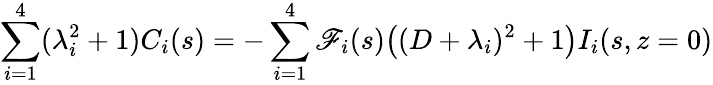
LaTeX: \sum_{i=1}^{4}(\lambda_{i}^{2}+1)C_{i}(s)=-\sum_{i=1}^{4}\mathscr{F}_{i}(s)\big((D+\lambda_{i})^{2}+1\big)I_{i}(s,z=0)